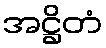
အဋ္ဌိတံ